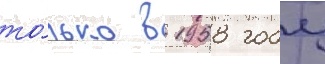
то́лько в 1958 году